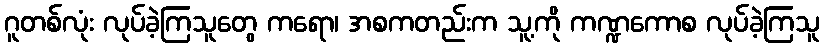
ဂူတစ်လုံး လုပ်ခဲ့ကြသူတွေ ကရော၊ အစကတည်းက သူ့ကို ကဏ္ဍကောစ လုပ်ခဲ့ကြသူ